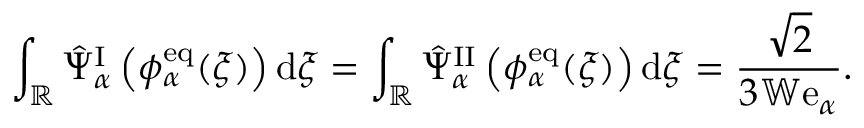
\begin{array} { r } { \displaystyle \int _ { \mathbb { R } } \hat { \Psi } _ { \alpha } ^ { \mathrm { I } } \left( \phi _ { \alpha } ^ { \mathrm { e q } } ( \xi ) \right) \mathrm { d } \xi = \displaystyle \int _ { \mathbb { R } } \hat { \Psi } _ { \alpha } ^ { \mathrm { I I } } \left( \phi _ { \alpha } ^ { \mathrm { e q } } ( \xi ) \right) \mathrm { d } \xi = \frac { \sqrt { 2 } } { 3 \mathbb { W } \mathrm { e } _ { \alpha } } . } \end{array}